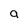
Character: a